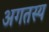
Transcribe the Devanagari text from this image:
अगतस्य